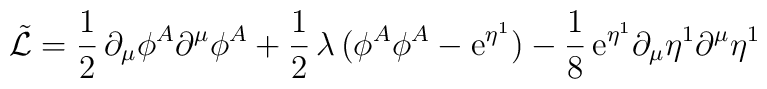
\tilde{\cal L}=\frac{1}{2}\,\partial_\mu\phi^A\partial^\mu\phi^A+\frac{1}{2}\,\lambda\,\bigl(\phi^A\phi^A-{\rm e}^{\eta^1}\bigr)-\frac{1}{8}\,{\rm e}^{\eta^1}\partial_\mu\eta^1\partial^\mu\eta^1